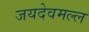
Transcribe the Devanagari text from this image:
जयदेवमल्ल